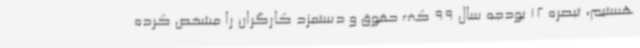
هستیم، تبصره 12 بودجه سال 99 کف حقوق و دستمزد کارگران را مشخص کرده